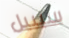
سيبيل